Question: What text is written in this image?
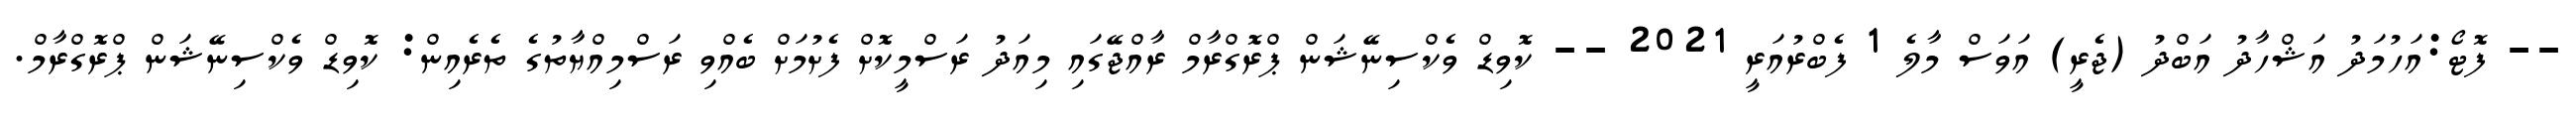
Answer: -- ފޮޓޯ:އަހުމަދު އަޝްހާދު އަބްދު (ޖެރީ) އަވަސް މާލެ 1 ފެބްރުއަރީ 2021 -- ކޮވިޑް ވެކްސިނޭޝަން ޕްރޮގްރާމް ރާއްޖޭގައި މިއަދު ރަސްމީކޮށް ފެށުމަށް ބެއްވި ރަސްމިއްޔާތުގެ ތެރެއިން: ކޮވިޑް ވެކްސިނޭޝަން ޕްރޮގްރާމް.